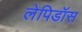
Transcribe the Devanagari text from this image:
लेपिडॉस